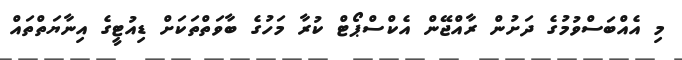
މި އެއްބަސްވުމުގެ ދަށުން ރާއްޖޭން އެކްސްޕޯޓް ކުރާ މަހުގެ ބާވަތްތަކަށް ޑިއުޓީގެ އިނާޔަތްތައް